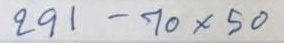
291 - 70 x 50